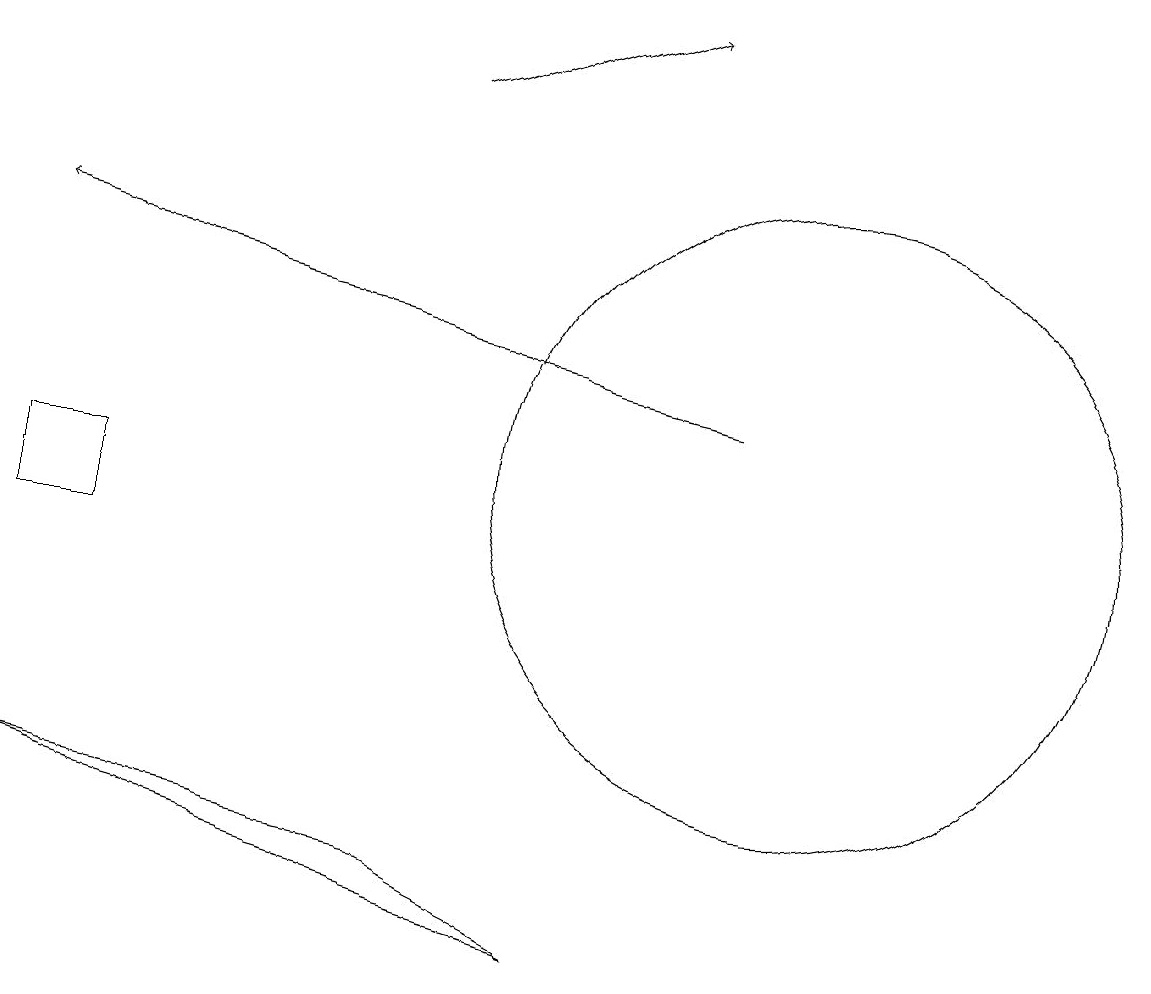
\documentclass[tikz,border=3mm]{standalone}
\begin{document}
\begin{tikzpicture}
\draw[->] (5,16) -- (8,17);
\draw (7,5) -- (0,7) -- (5,6) -- cycle;
\draw[->] (9,12) -- (0,14);
\draw (1,11) rectangle (0,10);
\draw (10,11) circle (4);
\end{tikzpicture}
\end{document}